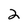
Character: 2